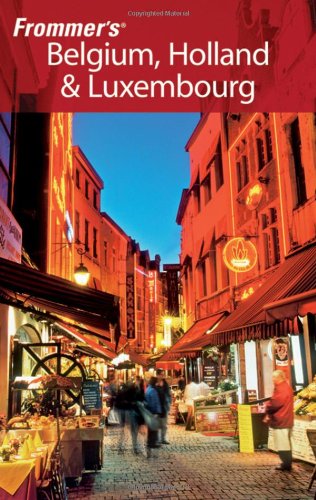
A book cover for Frommer's Belgium, Holland & Luxembourg (Frommer's Complete Guides); George McDonald; Travel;